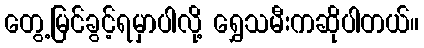
တွေ့မြင်ခွင့်ရမှာပါလို့ ရွှေသမီးကဆိုပါတယ်။